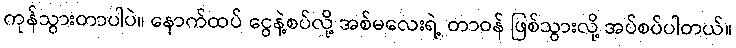
ကုန်သွားတာပါပဲ။ နောက်ထပ် ငွေနဲ့စပ်လို့ အစ်မလေးရဲ့ တာဝန် ဖြစ်သွားလို့ အပ်စပ်ပါတယ်။